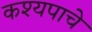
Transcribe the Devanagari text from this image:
कश्यपाचे